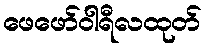
ဖေဖော်ဝါရီလထုတ်